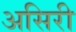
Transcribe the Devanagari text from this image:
असिरी